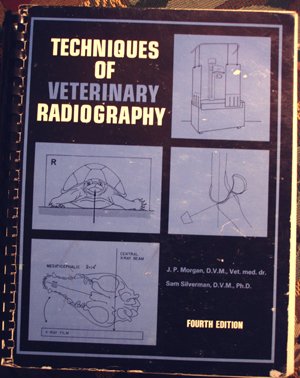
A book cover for techniques of veterinary radiography; j. p. morgan; Medical Books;